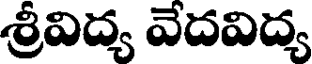
శ్రీవిద్య వేదవిద్య